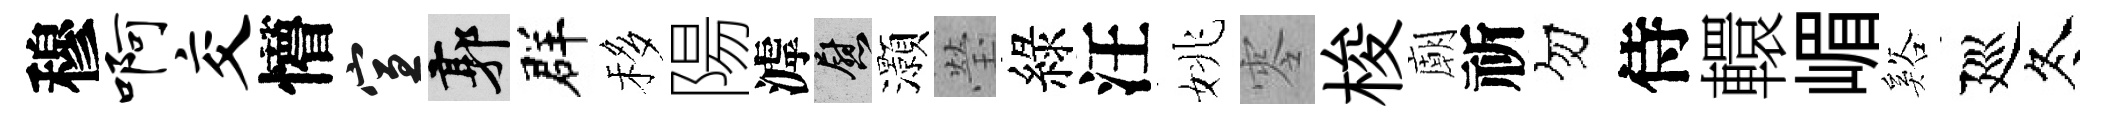
穆啊交懵宣郭群移陽滹慰灝瑩綠汪姚零梭廟祈勿侍轘嵋谿廵冬